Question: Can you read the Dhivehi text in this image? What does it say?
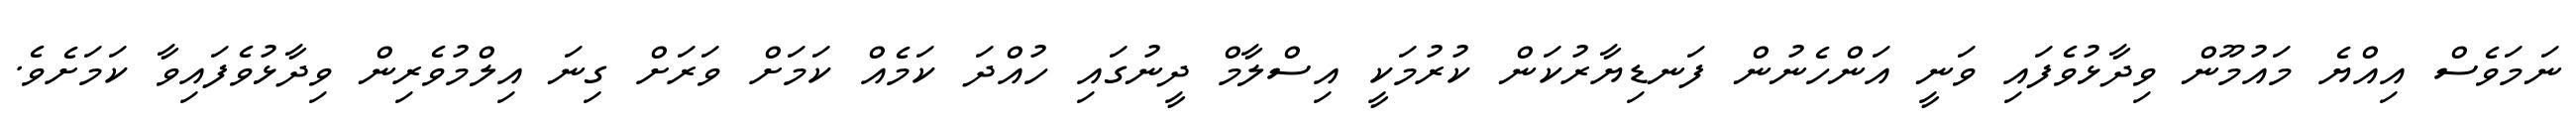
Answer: ނަމަވެސް އިއްޔެ މައުމޫން ވިދާޅުވެފައި ވަނީ އަންހެނުން ފަނޑިޔާރުކަން ކުރުމަކީ އިސްލާމް ދީނުގައި ހުއްދަ ކަމެއް ކަމަށް ވަރަށް ގިނަ އިލްމުވެރިން ވިދާޅުވެފައިވާ ކަމަށެވެ.